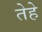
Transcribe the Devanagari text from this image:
तेहे